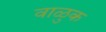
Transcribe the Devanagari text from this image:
वाळुक